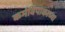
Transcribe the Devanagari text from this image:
कर्मविपाकाच्या